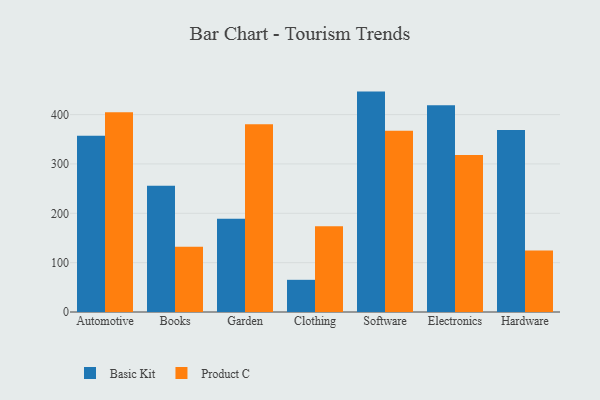
{"axis": {"x": "Category", "y": "Tickets Resolved"}, "legend": ["Basic Kit", "Product C"], "data": [{"x": "Automotive", "y": 356.9, "type": "Basic Kit"}, {"x": "Automotive", "y": 404.6, "type": "Product C"}, {"x": "Books", "y": 255.6, "type": "Basic Kit"}, {"x": "Books", "y": 132.4, "type": "Product C"}, {"x": "Garden", "y": 189.0, "type": "Basic Kit"}, {"x": "Garden", "y": 380.4, "type": "Product C"}, {"x": "Clothing", "y": 65.2, "type": "Basic Kit"}, {"x": "Clothing", "y": 173.8, "type": "Product C"}, {"x": "Software", "y": 446.6, "type": "Basic Kit"}, {"x": "Software", "y": 367.3, "type": "Product C"}, {"x": "Electronics", "y": 419.0, "type": "Basic Kit"}, {"x": "Electronics", "y": 317.9, "type": "Product C"}, {"x": "Hardware", "y": 368.6, "type": "Basic Kit"}, {"x": "Hardware", "y": 124.5, "type": "Product C"}]}